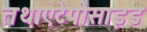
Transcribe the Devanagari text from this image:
तथाएटेपोसाइड